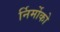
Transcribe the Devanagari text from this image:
र्निर्मोको